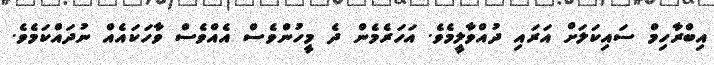
އިބްރާހިމް ސައިކަލަށް އަރައި ދުއްވާލީމެވެ. އަހަރެމެން ދެ މީހުންވެސް އެއްވެސް ވާހަކައެއް ނުދައްކަމެވެ.